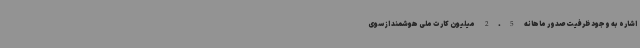
اشاره به وجود ظرفیت صدور ماهانه 2.5 میلیون کارت ملی هوشمند از سوی